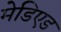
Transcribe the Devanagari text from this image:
मेडिएड